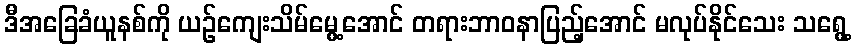
ဒီအခြေခံယူနစ်ကို ယဉ်ကျေးသိမ်မွေ့အောင် တရားဘာဝနာပြည့်အောင် မလုပ်နိုင်သေး သရွေ့